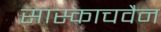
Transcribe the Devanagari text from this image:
सास्काचवैन